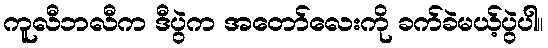
ကူလီဘလီက ဒီပွဲက အတော်လေးကို ခက်ခဲမယ့်ပွဲပါ။